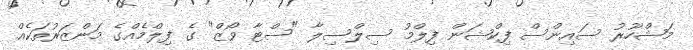
މަޝްހޫރު ސައިންސް ފިކްޝަން ފިލްމު ސިލްސިލާ "ސްޓާ ވޯޒް" ގެ ފިލްމެއްގެ މަންޒަރުތަކެއް